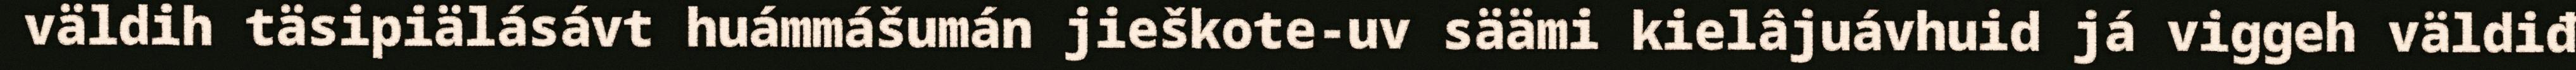
väldih täsipiälásávt huámmášumán jieškote-uv säämi kielâjuávhuid já viggeh väldiđ